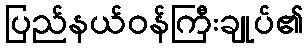
ပြည်နယ်ဝန်ကြီးချုပ်၏